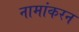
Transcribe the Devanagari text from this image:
नामांकरन